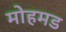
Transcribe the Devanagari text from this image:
मोहमड